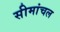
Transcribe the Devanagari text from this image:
सीमांचल